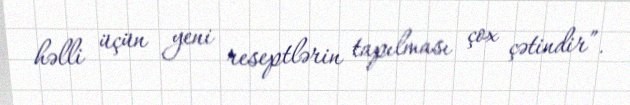
həlli üçün yeni reseptlərin tapılması çox çətindir”.